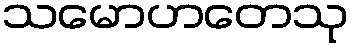
သမောဟတေသု